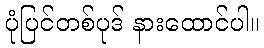
ပုံပြင်တစ်ပုဒ် နားထောင်ပါ။